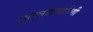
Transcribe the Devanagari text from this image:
।अतुलबलधारिणी